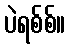
ပဲရစ်စ်။